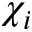
\chi _ { i }